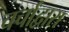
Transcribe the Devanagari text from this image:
चर्चांद्वारा